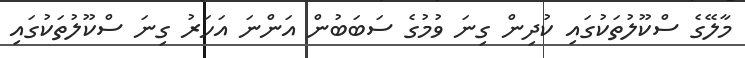
މާލޭގެ ސްކޫލުތަކުގައި ކުދިން ގިނަ ވުމުގެ ސަބަބުން އަންނަ އަހަރު ގިނަ ސްކޫލުތަކުގައި